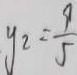
y _ { 2 } = \frac { 9 } { 5 }